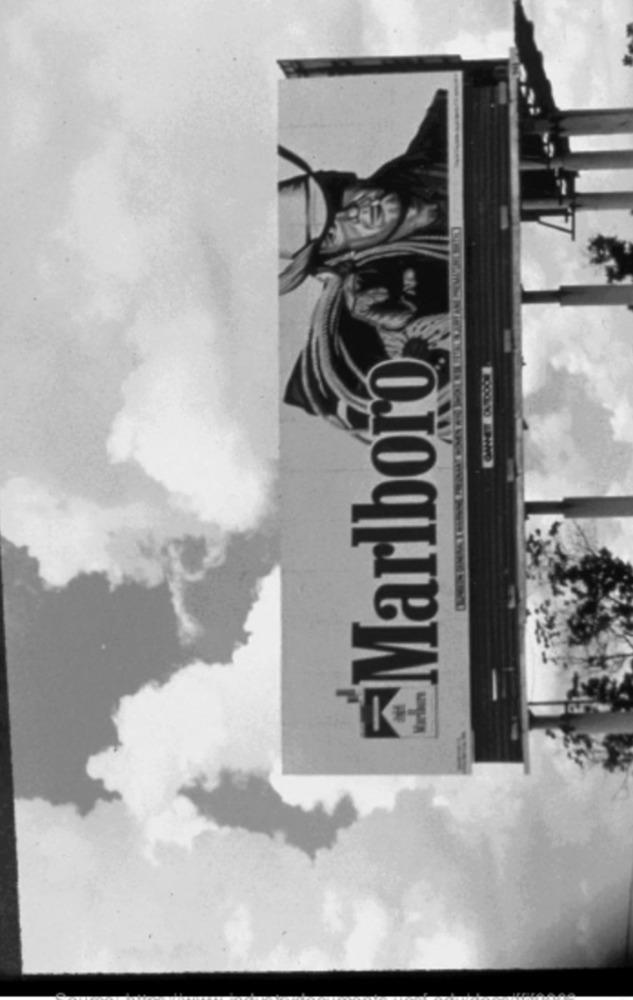
Marlboro